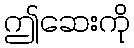
ဤဆေးကို